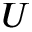
U